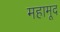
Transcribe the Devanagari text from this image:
महामूद